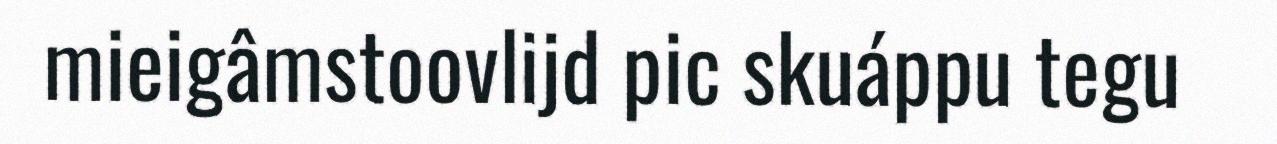
mieigâmstoovlijd pic skuáppu tegu